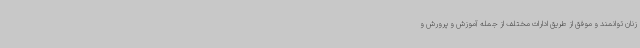
زنان توانمند و موفق از طریق ادارات مختلف از جمله آموزش و پرورش و